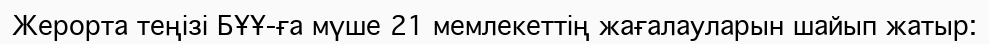
Жерорта теңізі БҰҰ-ға мүше 21 мемлекеттің жағалауларын шайып жатыр: